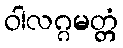
ဝါလဂ္ဂမတ္တံ